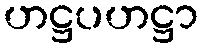
ဟဋ္ဌပဟဋ္ဌာ